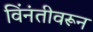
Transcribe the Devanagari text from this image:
विंनंतीवरून